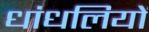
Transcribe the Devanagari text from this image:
धांधलियों